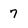
Character: 7